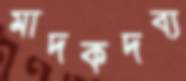
মাদকদব্য